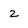
Character: 2